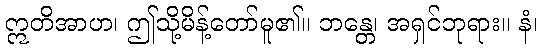
ဣတိအာဟ၊ ဤသို့မိန့်တော်မူ၏။ ဘန္တေ၊ အရှင်ဘုရား။ နံ၊